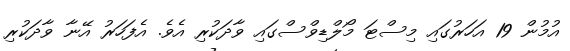
އުމުން 19 އަހަރުގައި މިސްޓަ މޯލްޑިވްސްގައި ވާދަކުރި އެވެ. އެފަހަރު އޭނާ ވާދަކުރި